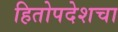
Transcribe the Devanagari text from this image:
हितोपदेशचा